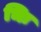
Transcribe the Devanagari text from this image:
भिः